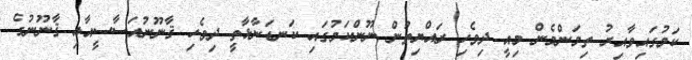
ކަމުގައިވާއިރު ތިމަންމެން މިއީ ދިވެހި ރައްޔިތުން ނޫންކަމުގައި ކަނޑަނާޅާތީ ދިވެހި ޤާނޫނުއަސާސީއާއި ޤާނޫނުގެ